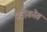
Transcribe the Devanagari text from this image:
जोंकोस